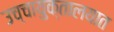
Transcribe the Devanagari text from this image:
उच्चायुक्तालयात